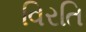
વિરતિ